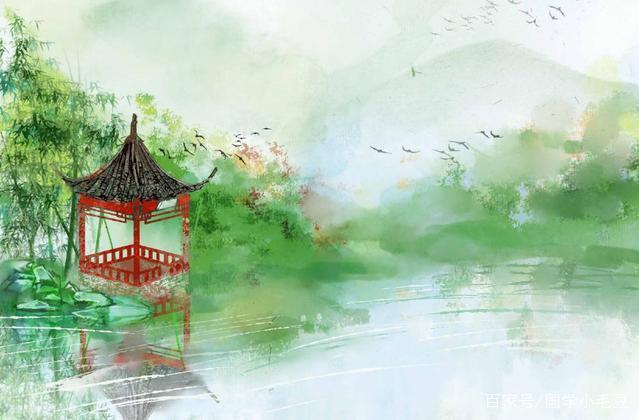
正是霜风飘断处，寒鸥惊起一双双。